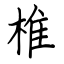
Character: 椎